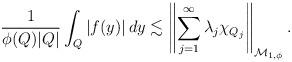
LaTeX: \begin{align*}\frac{1}{\phi(Q)|Q|}\int_Q|f(y)|\,dy\lesssim\left\|\sum_{j=1}^\infty\lambda_j\chi_{Q_j}\right\|_{{\mathcal M}_{1,\phi}}.\end{align*}